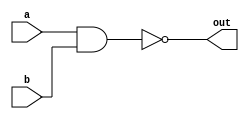
module twoNand (a,b,out);
	
	input a,b;
	output out;
	
	assign out = ~(a&b);
	
endmodule